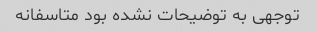
توجهی به توضیحات نشده بود متاسفانه